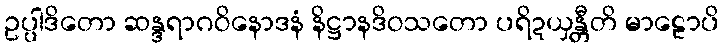
ဥပ္ပါဒိတော ဆန္ဒရာဂဝိနောဒနံ နိဋ္ဌာနဒိဝသတော ပရိဍယှန္တီတိ မာဠောပိ